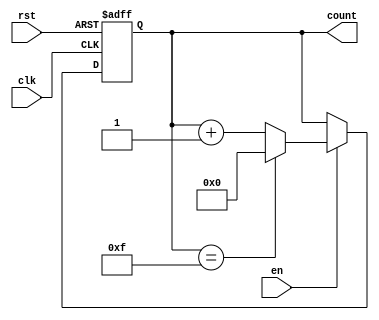
module binary_counter #(
    parameter N = 4 // Parameter to define the width of the counter (N bits)
)(
    input wire clk,      // Clock signal
    input wire rst,      // Asynchronous reset signal
    input wire en,       // Enable signal
    output reg [N-1:0] count // N-bit output for the current count value
);

// Always block triggered on the rising edge of the clock
always @(posedge clk or posedge rst) begin
    if (rst) begin
        // If reset is asserted, set count to 0
        count <= 0;
    end else if (en) begin
        // If enable is active, increment the count
        if (count == (2**N - 1)) begin
            count <= 0; // Wrap around to 0 on overflow
        end else begin
            count <= count + 1; // Increment the count
        end
    end
    // If enable is not active, retain the current count value
end

endmodule